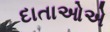
દાતાઓએ